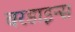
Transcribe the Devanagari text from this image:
बरडाइन्स